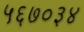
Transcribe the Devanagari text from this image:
५६७०३४